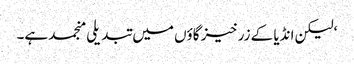
‘ لیکن انڈیا کے زرخیز گاؤں میں تبدیلی منجمد ہے۔